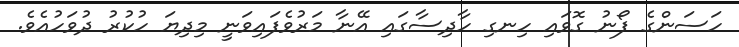
ހަސަންގެ ފޯނު ގޮވައި ހިނގި ހާދިސާގައި އޭނާ މަރުވެފައިވަނީ މިދިޔަ ހުކުރު ދުވަހުއެވެ.